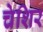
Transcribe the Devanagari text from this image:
चेशिर